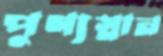
পুণ্যস্নান